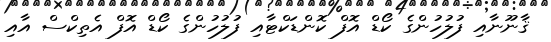
ޤާނޫނާއި ފުލުހުންގެ ކޯޑް އޮފް ކޮންޑަކްޓާއި ފުލުހުންގެ ކޯޑް އޮފް އެތިކްސް އާއި